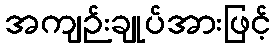
အကျဉ်းချုပ်အားဖြင့်